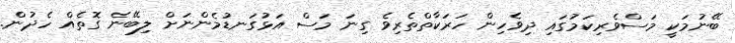
ބޭނުމަކީ މަސްވެރިކަމުގައި ދިވެހިން ހަރަކާތްތެރިވެ ގިނަ މަސް އަޅުގަނޑުމެންނަށް ލިބޭނެ ގޮތެއް ހެދުން.